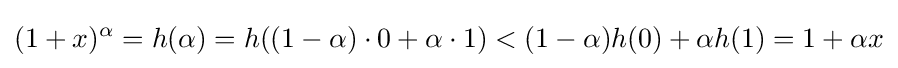
(1+x)^{\alpha }=h(\alpha )=h((1-\alpha )\cdot 0+\alpha \cdot 1)<(1-\alpha )h(0)+\alpha h(1)=1+\alpha x